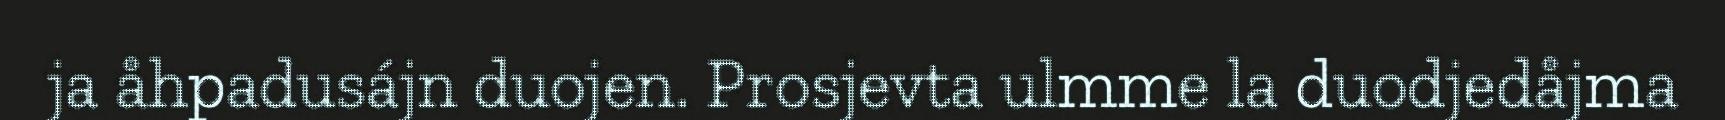
ja åhpadusájn duojen. Prosjevta ulmme la duodjedåjma